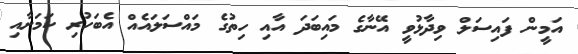
އަމީން ފައިސަލް ވިދާޅުވީ އޭނާގެ މައިބަދަ އާއި ހިތުގެ މައްސަލައެއް އެބަހުރި ކަމަށާއި